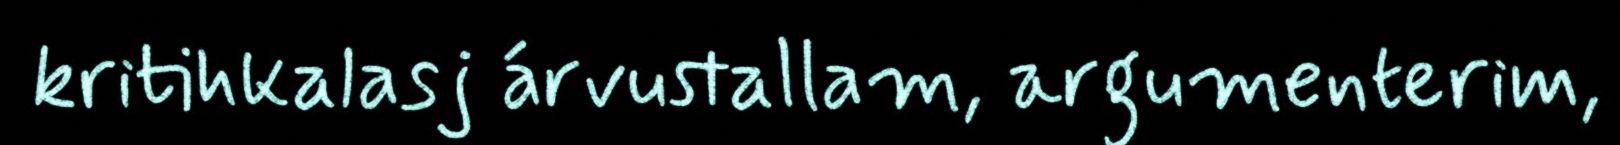
kritihkalasj árvustallam, argumenterim,